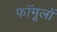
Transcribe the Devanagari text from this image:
फॉमूलों